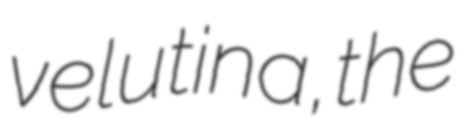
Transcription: velutina, the